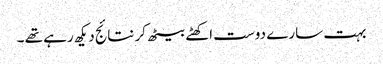
بہت سارے دوست اکھٹے بیٹھ کر نتائج دیکھ رہے تھے ۔